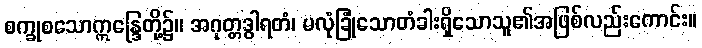
စက္ခုစသောဣန္ဒြေတို့၌။ အဂုတ္တဒွါရတံ၊ မလုံခြုံသောတံခါးရှိသောသူ၏အဖြစ်လည်းကောင်း။